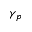
\gamma _ { p }